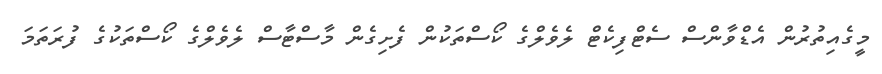
މީގެއިތުރުން އެޑްވާންސް ސެޓްފިކެޓް ލެވެލްގެ ކޯސްތަކުން ފެށިގެން މާސްޓާސް ލެވެލްގެ ކޯސްތަކުގެ ފުރަތަމަ